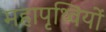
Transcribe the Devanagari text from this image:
महापृथ्वियों